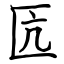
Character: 匟